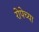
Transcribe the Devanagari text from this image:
रोपेच्या